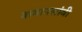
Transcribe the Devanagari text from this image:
कमानलांबी